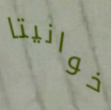
خوانيتا